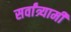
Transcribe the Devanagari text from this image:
सर्वांत्र्यामी